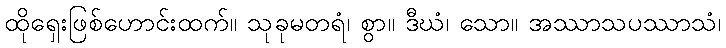
ထိုရှေးဖြစ်ဟောင်းထက်။ သုခုမတရံ၊ စွာ။ ဒီဃံ၊ သော။ အဿာသပဿာသံ၊